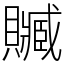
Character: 贓